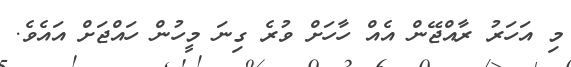
މި އަހަރު ރާއްޖޭން އެއް ހާހަށް ވުރެ ގިނަ މީހުން ހައްޖަށް އައެވެ.